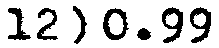
12) 0.99